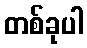
တစ်ခုပါ